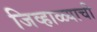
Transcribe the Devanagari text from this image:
जिव्हाळ्याची